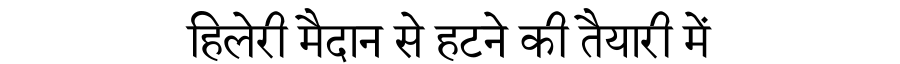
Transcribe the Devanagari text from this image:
हिलेरी मैदान से हटने की तैयारी में